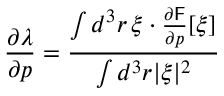
\frac { \partial \lambda } { \partial \boldsymbol { p } } = \frac { \int d ^ { 3 } \boldsymbol { r } \, \boldsymbol { \xi } \cdot \frac { \partial \mathsf { F } } { \partial \boldsymbol { p } } [ \boldsymbol { \xi } ] } { \int d ^ { 3 } \boldsymbol { r } \lvert \xi \rvert ^ { 2 } }